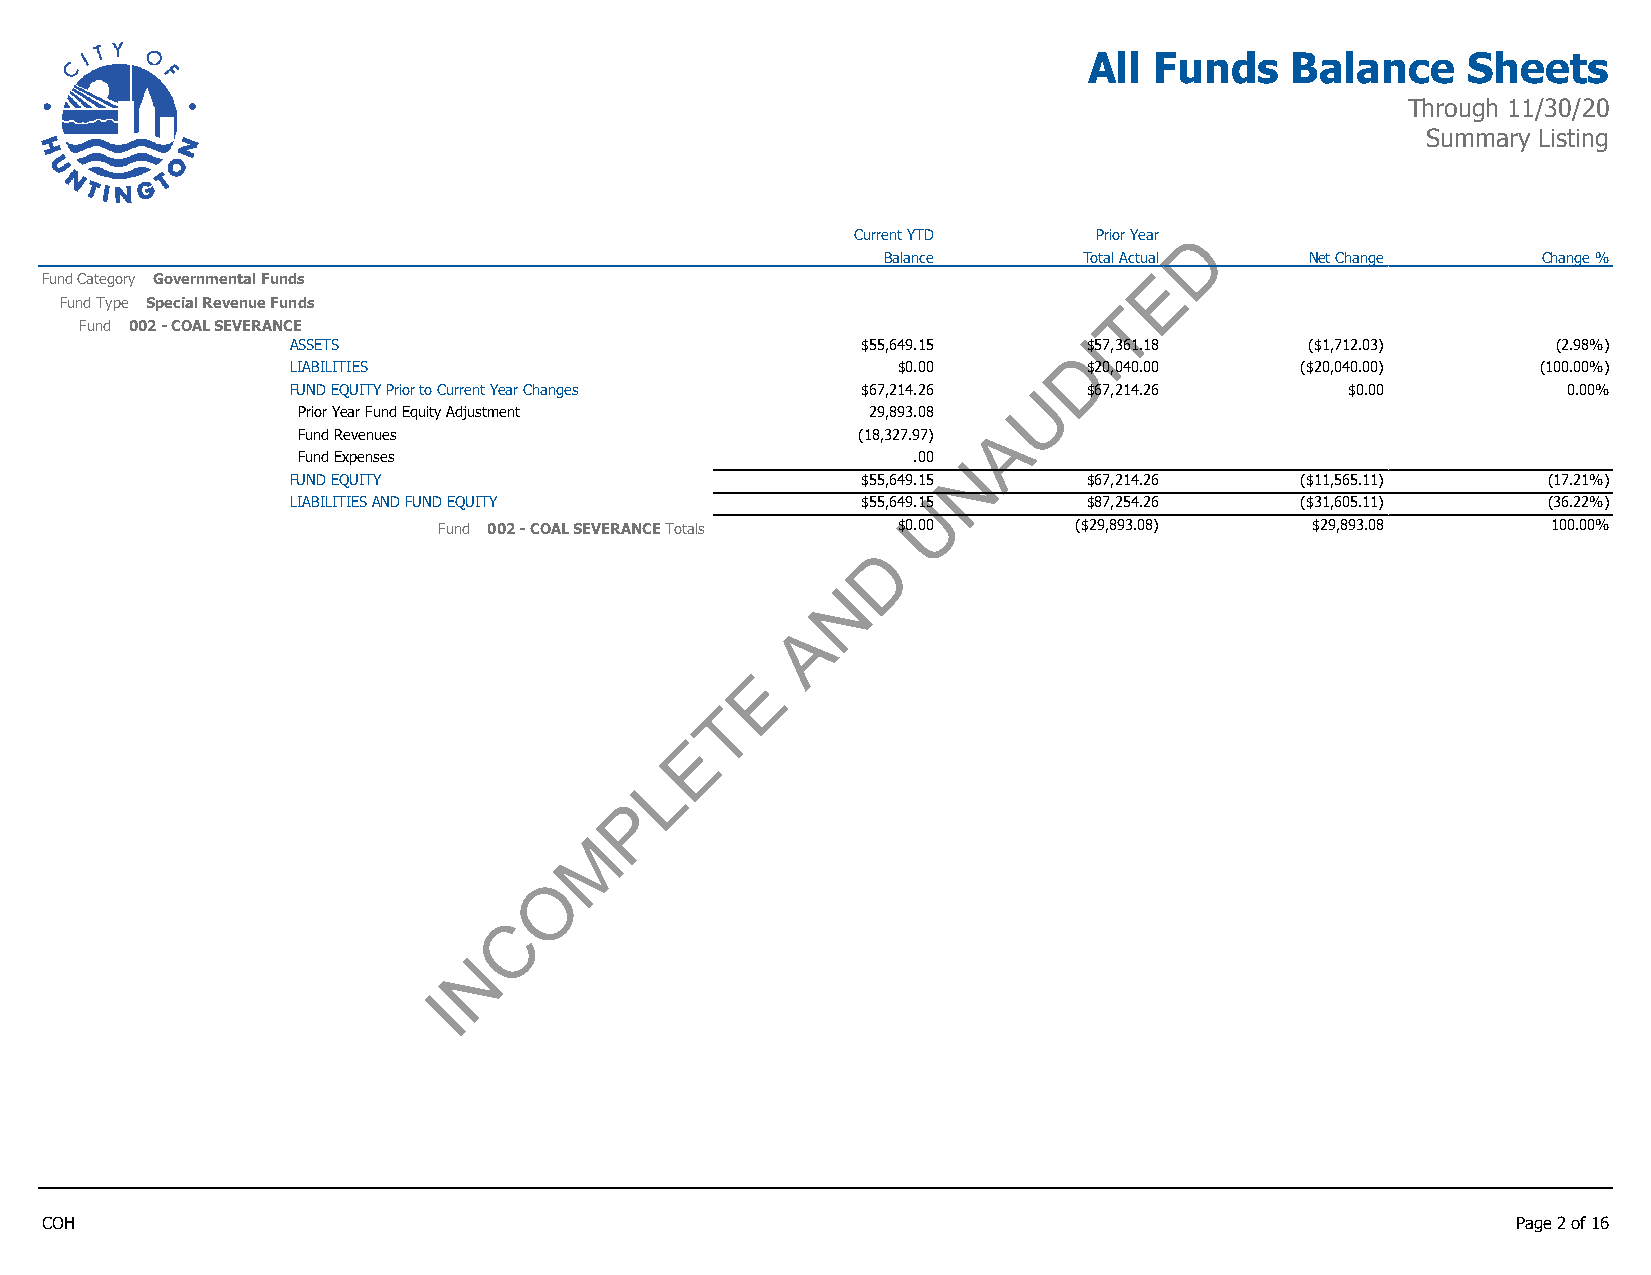
All Funds    Balance     Sheets
 Through 11/30/20
 Summary Listing
 Current YTD    Prior Year D
 Balance       Total Actual   Net Change     Change %
 Fund Category Governmental Funds
 E
 Fund Type Special Revenue Funds                                       T
 Fund 002 - COAL SEVERANCE
 I
 ASSETS                                $55,649.15     $57,361.18     ($1,712.03)     (2.98%)
 D
 LIABILITIES                             $0.00        $20,040.00    ($20,040.00)    (100.00%)
 FUND EQUITY Prior to Current Year Changes $67,214.26 U $67,214.26     $0.00          0.00%
 Prior Year Fund Equity Adjustment     29,893.08
 A
 Fund Revenues                        (18,327.97)
 Fund Expenses                           .00 N
 FUND EQUITY                           $55,649.15     $67,214.26    ($11,565.11)    (17.21%)
 LIABILITIES AND FUND EQUITY           $55,649.1U5    $87,254.26    ($31,605.11)    (36.22%)
 Fund 002 - COAL SEVERANCE Totals $0.00    ($29,893.08)    $29,893.08      100.00%
 D
 N
 A
 E
 T
 E
 L
 P
 M
 O
 C
 N
 I
 COH                                                                                              Page 2 of 16